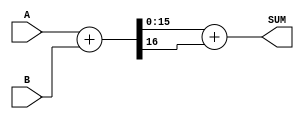


module add_onescomp
  #(parameter WIDTH = 16)
   (input [WIDTH-1:0] A,
    input [WIDTH-1:0] B,
    output [WIDTH-1:0] SUM);

   wire [WIDTH:0] SUM_INT = {1'b0,A} + {1'b0,B};
   assign SUM  = SUM_INT[WIDTH-1:0] + {{WIDTH-1{1'b0}},SUM_INT[WIDTH]};
   
endmodule // add_onescomp